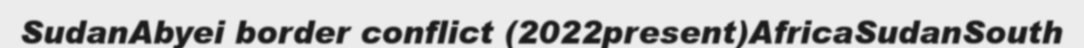
SudanAbyei border conflict (2022present)AfricaSudanSouth